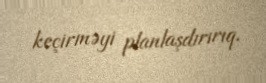
keçirməyi planlaşdırırıq.